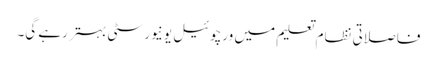
فاصلاتی نظام تعلیم میں ورچوئیل یونیورسٹی بہتر رہے گی۔